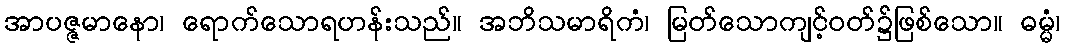
အာပဇ္ဇမာနော၊ ရောက်သောရဟန်းသည်။ အဘိသမာရိကံ၊ မြတ်သောကျင့်ဝတ်၌ဖြစ်သော။ ဓမ္မံ၊